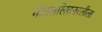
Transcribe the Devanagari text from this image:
गीतललितनरलीला